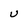
Character: u